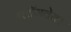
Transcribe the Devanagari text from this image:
ब्लॉगवेयर